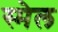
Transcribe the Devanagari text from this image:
स्मेल